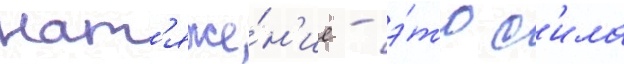
нат'яже́н'ие - э́то с'ила